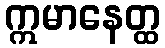
ဣမာနေတ္ထ